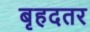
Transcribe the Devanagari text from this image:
बृहदतर